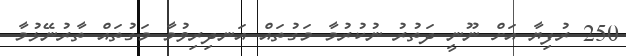
250 ރުފިޔާ އަށް ނޫނީ ދަތުރު ނުކުރުމާ މަގުތައް އަނދިރިވުމާ މަގުތައް ތާރުނޭޅުމާ